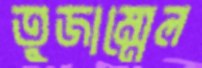
তুজাম্মেল